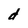
Character: d